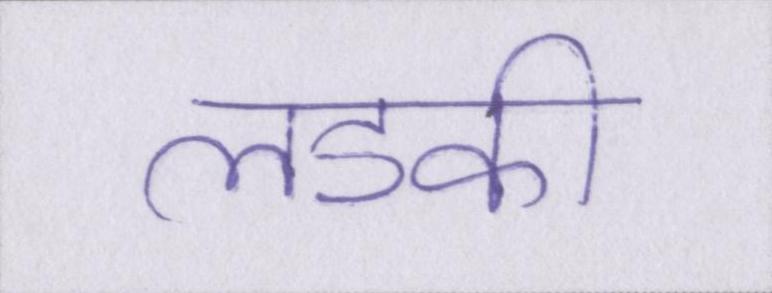
लडकी